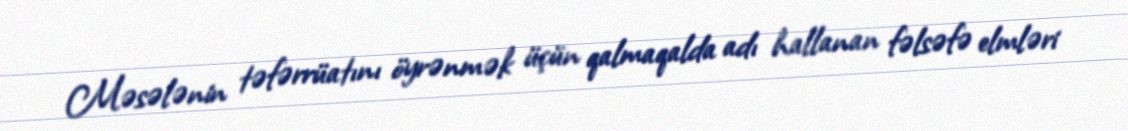
Məsələnin təfərrüatını öyrənmək üçün qalmaqalda adı hallanan fəlsəfə elmləri